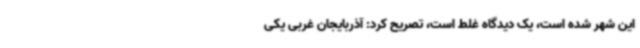
این شهر شده است، یک دیدگاه غلط است، تصریح کرد: آذربایجان غربی یکی